65_HS1-834228961_62-HQ-83894_Section_5
Agency: FBI
Page 75
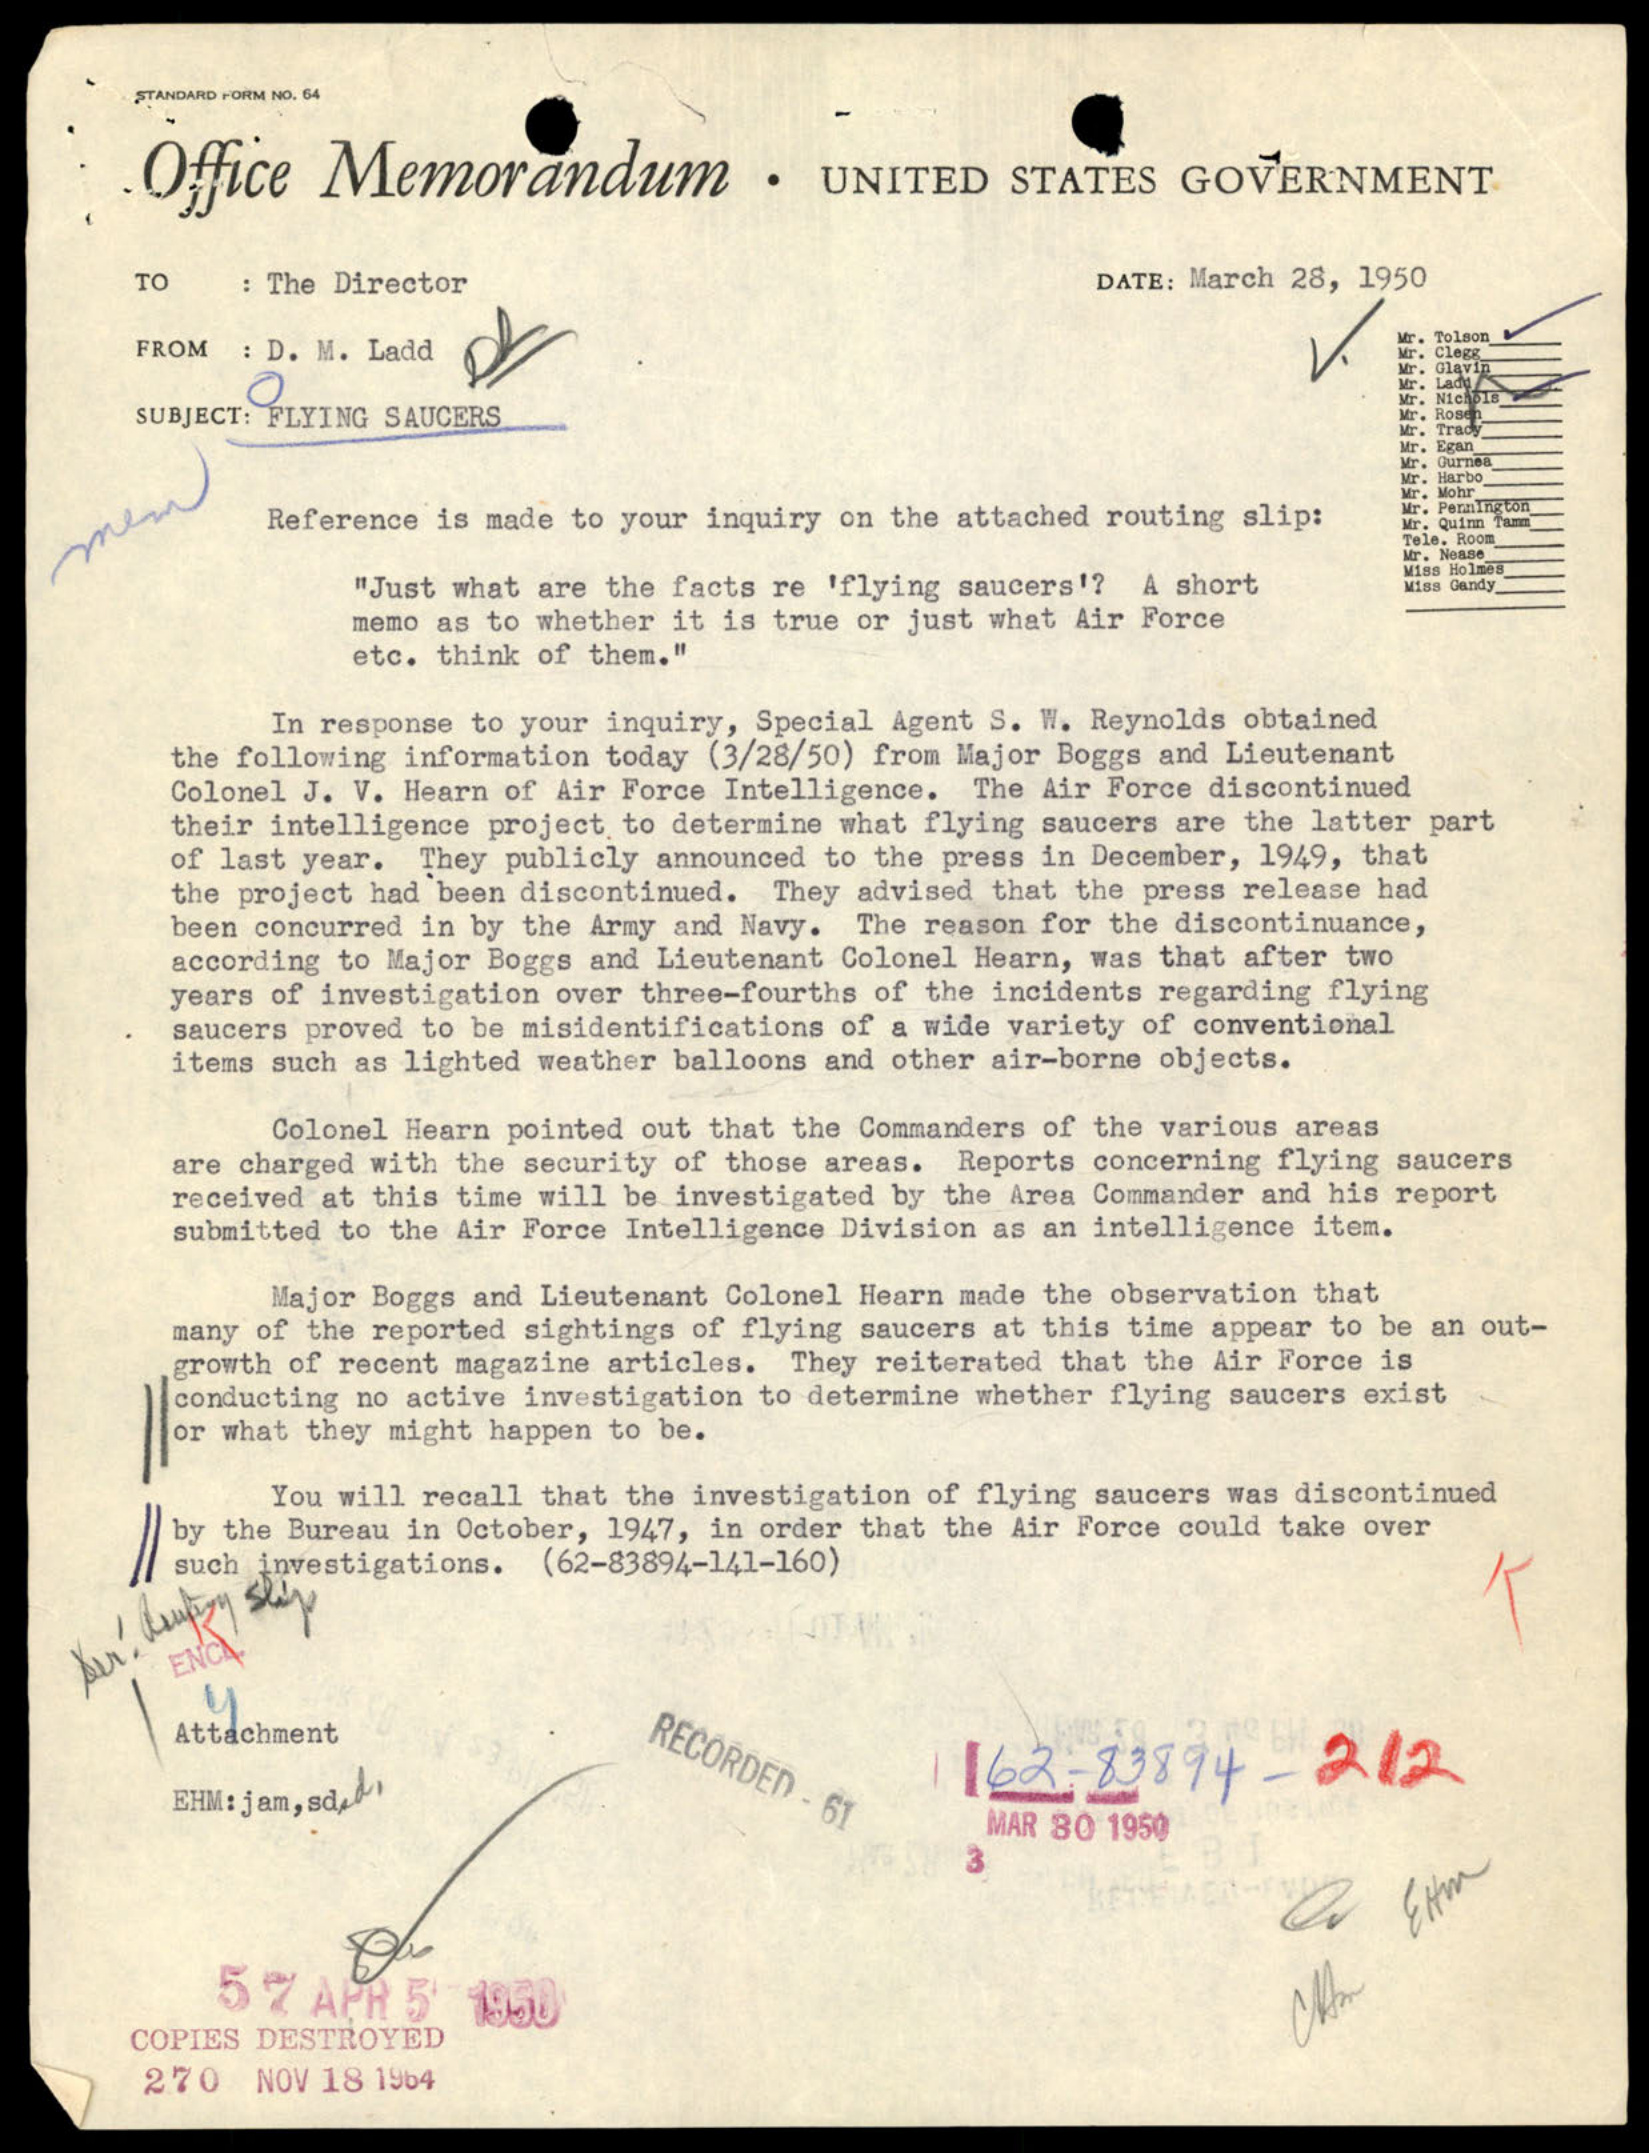